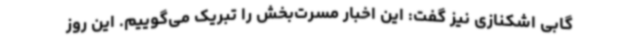
گابی اشکنازی نیز گفت: این اخبار مسرت‌بخش را تبریک می‌گوییم. این روز